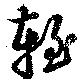
輊